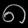
Digit: ၈